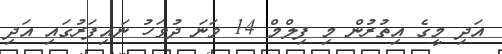
އަދި މީގެ އިތުރުން މި ފިލްމް 14 ވަނަ ދުވަހު ނައިފަރުގައި އަދި